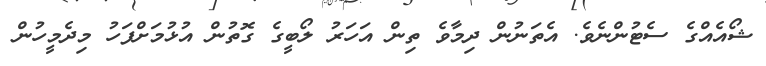
ޝޯއެއްގެ ސެޓުންނެވެ. އެތަނުން ދިމާވެ ތިން އަހަރު ލޯބީގެ ގޮތުން އުޅުމަށްފަހު މިދެމީހުން